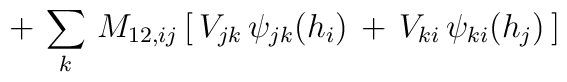
+\,\sum_k\,M_{12,ij}\,\big[\,V_{jk}\,\psi_{jk}(h_i)\,+\,V_{ki}\,\psi_{ki}(h_j)\,\big]